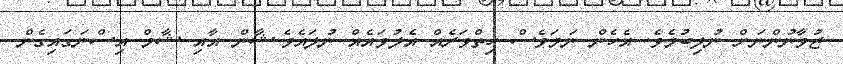
ޒުވާނުންނަށް ނުލިބުމެވެ. އެހެން ނަމަވެސް ހިތްވަރެއް އެލުވައެއް ނުލައެެވެ.ޝާން އާއި ޝާމް އިސްނަގައިގެން